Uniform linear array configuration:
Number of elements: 64
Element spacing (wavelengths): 1
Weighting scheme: hamming
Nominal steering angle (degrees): -30
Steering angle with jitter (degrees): -30.617
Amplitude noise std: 0.05
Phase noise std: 0.05

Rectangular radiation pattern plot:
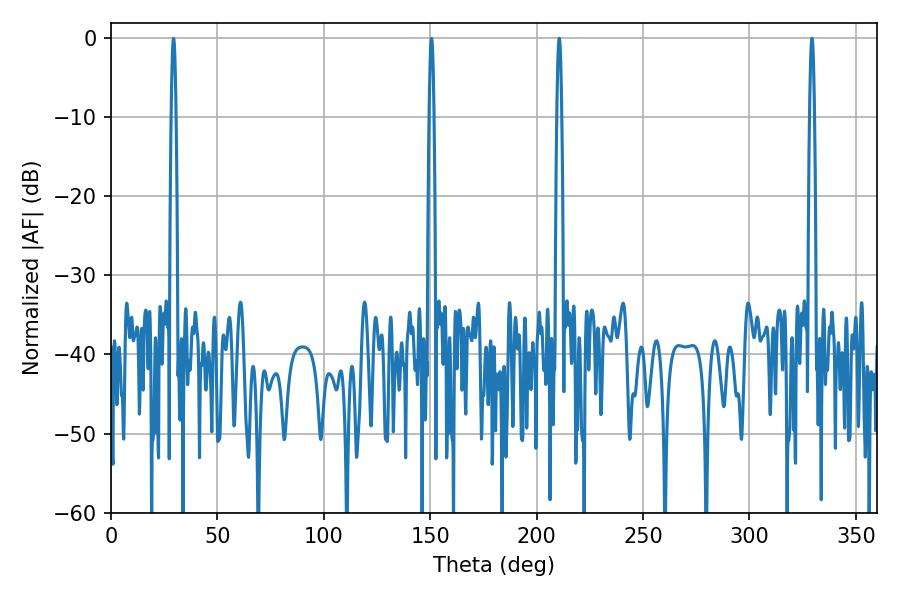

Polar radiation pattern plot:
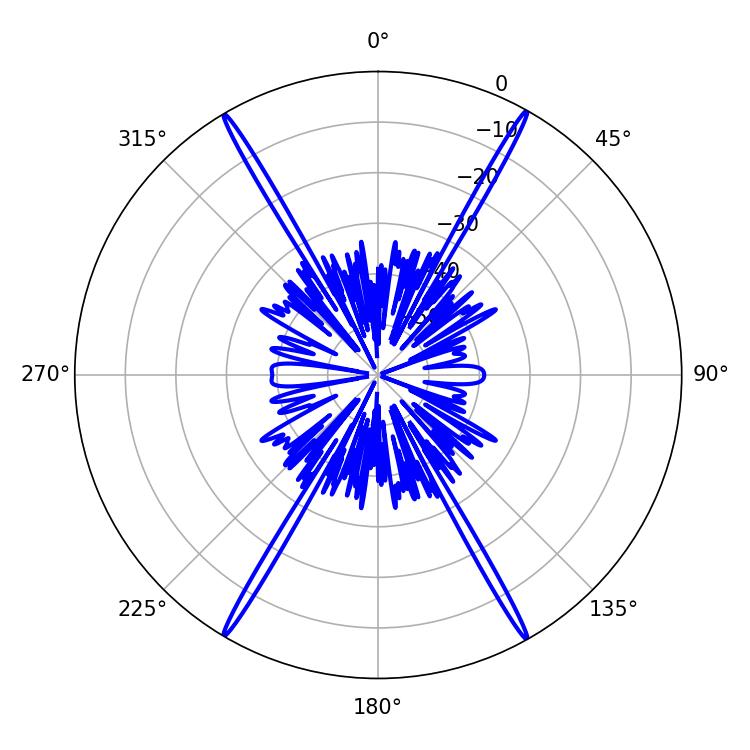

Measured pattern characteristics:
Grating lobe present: TRUE
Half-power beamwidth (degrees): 1.08
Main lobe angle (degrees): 210.6